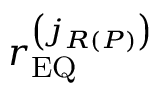
r _ { \mathrm { E Q } } ^ { \left( j _ { R \left( P \right) } \right) }